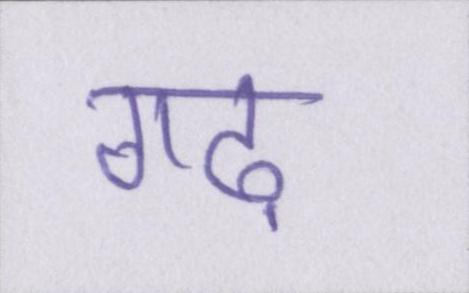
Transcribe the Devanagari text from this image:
गढ़